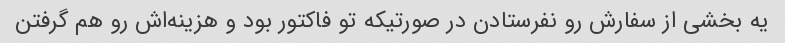
یه بخشی از سفارش رو نفرستادن در صورتیکه تو فاکتور بود و هزینه‌اش رو هم گرفتن